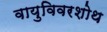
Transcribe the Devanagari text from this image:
वायुविवरशोथ